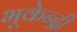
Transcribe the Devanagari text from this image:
भूकेन्द्री